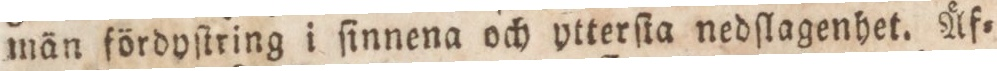
män fördyſtring i ſinnena och ytterſta nedſlagenhet. Äf=